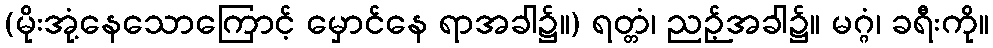
(မိုးအုံ့နေသောကြောင့် မှောင်နေ ရာအခါ၌။) ရတ္တံ၊ ညဉ့်အခါ၌။ မဂ္ဂံ၊ ခရီးကို။